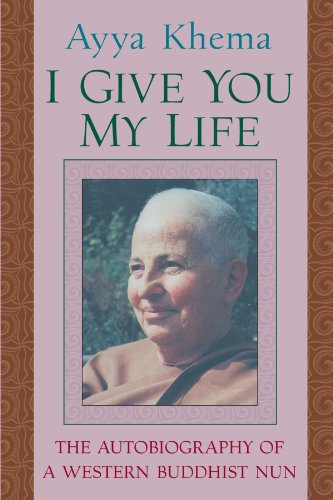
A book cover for I Give You My Life; Ayya Khema; Religion & Spirituality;